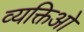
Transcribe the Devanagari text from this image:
व्यक्तिओ